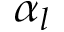
\alpha _ { l }